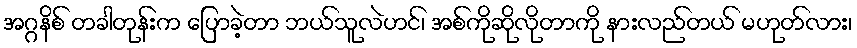
အဂ္ဂနိစ် တခါတုန်းက ပြောခဲ့တာ ဘယ်သူလဲဟင်၊ အစ်ကိုဆိုလိုတာကို နားလည်တယ် မဟုတ်လား၊